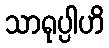
သာရုပ္ပါဟိ